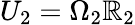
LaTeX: U_{2}=\Omega_{2}\mathbb{R}_{2}